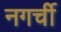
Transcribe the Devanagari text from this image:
नगर्ची